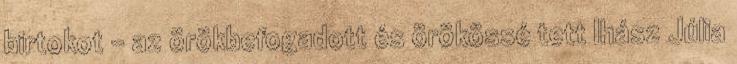
birtokot - az örökbefogadott és örökössé tett Ihász Júlia